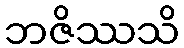
ဘဇိဿသိ